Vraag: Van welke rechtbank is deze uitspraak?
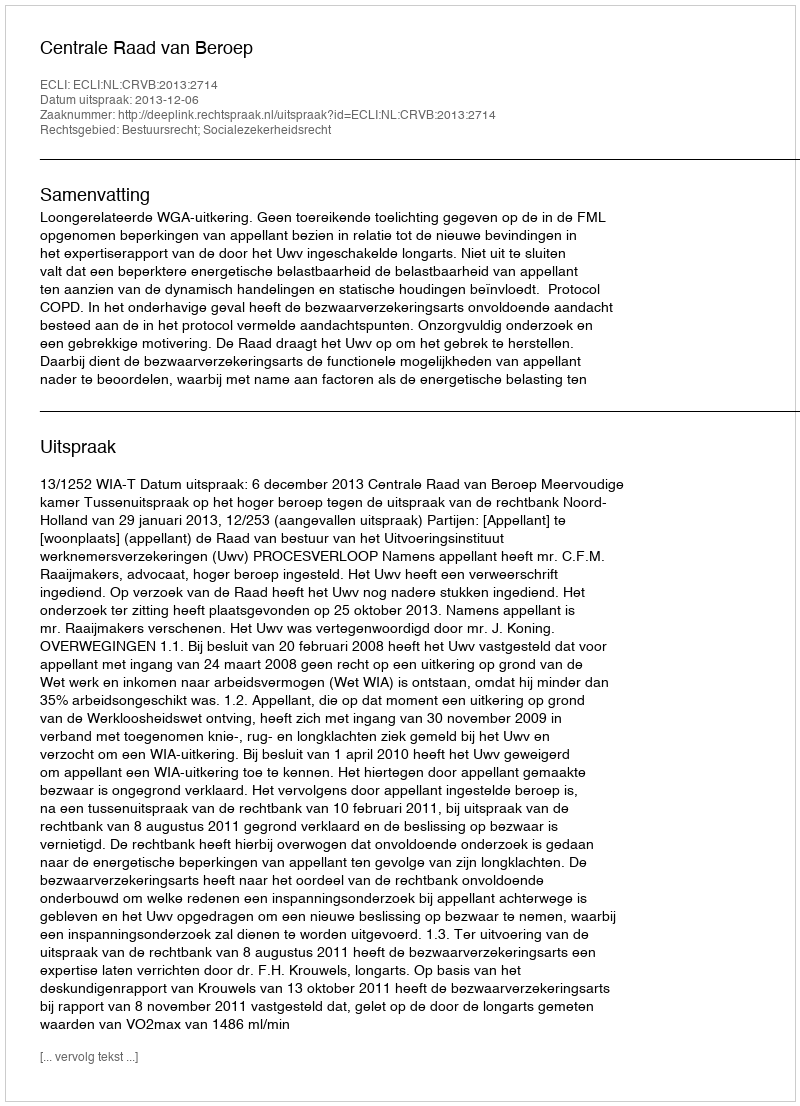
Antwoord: Centrale Raad van Beroep